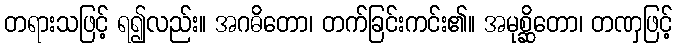
တရားသဖြင့် ရ၍လည်း။ အဂဓိတော၊ တက်ခြင်းကင်း၏။ အမုစ္ဆိတော၊ တဏှဖြင့်